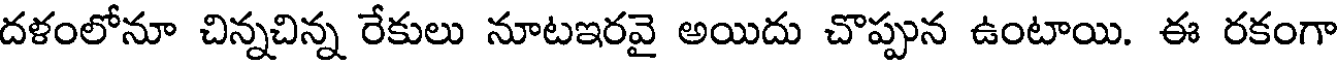
దళంలోనూ చిన్నచిన్న రేకులు నూటఇరవై అయిదు చొప్పున ఉంటాయి. ఈ రకంగా